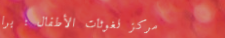
مركز لغوثات الأطفال : برا